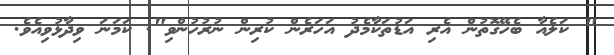
" ކަލެއާ ބެހޭގޮތުން އެރި އަޑުތަކާމެދު އަހަރެން ކުރިން ނުރުހުންވި". ކަމަނަ ވިދާޅުވިއެވެ.